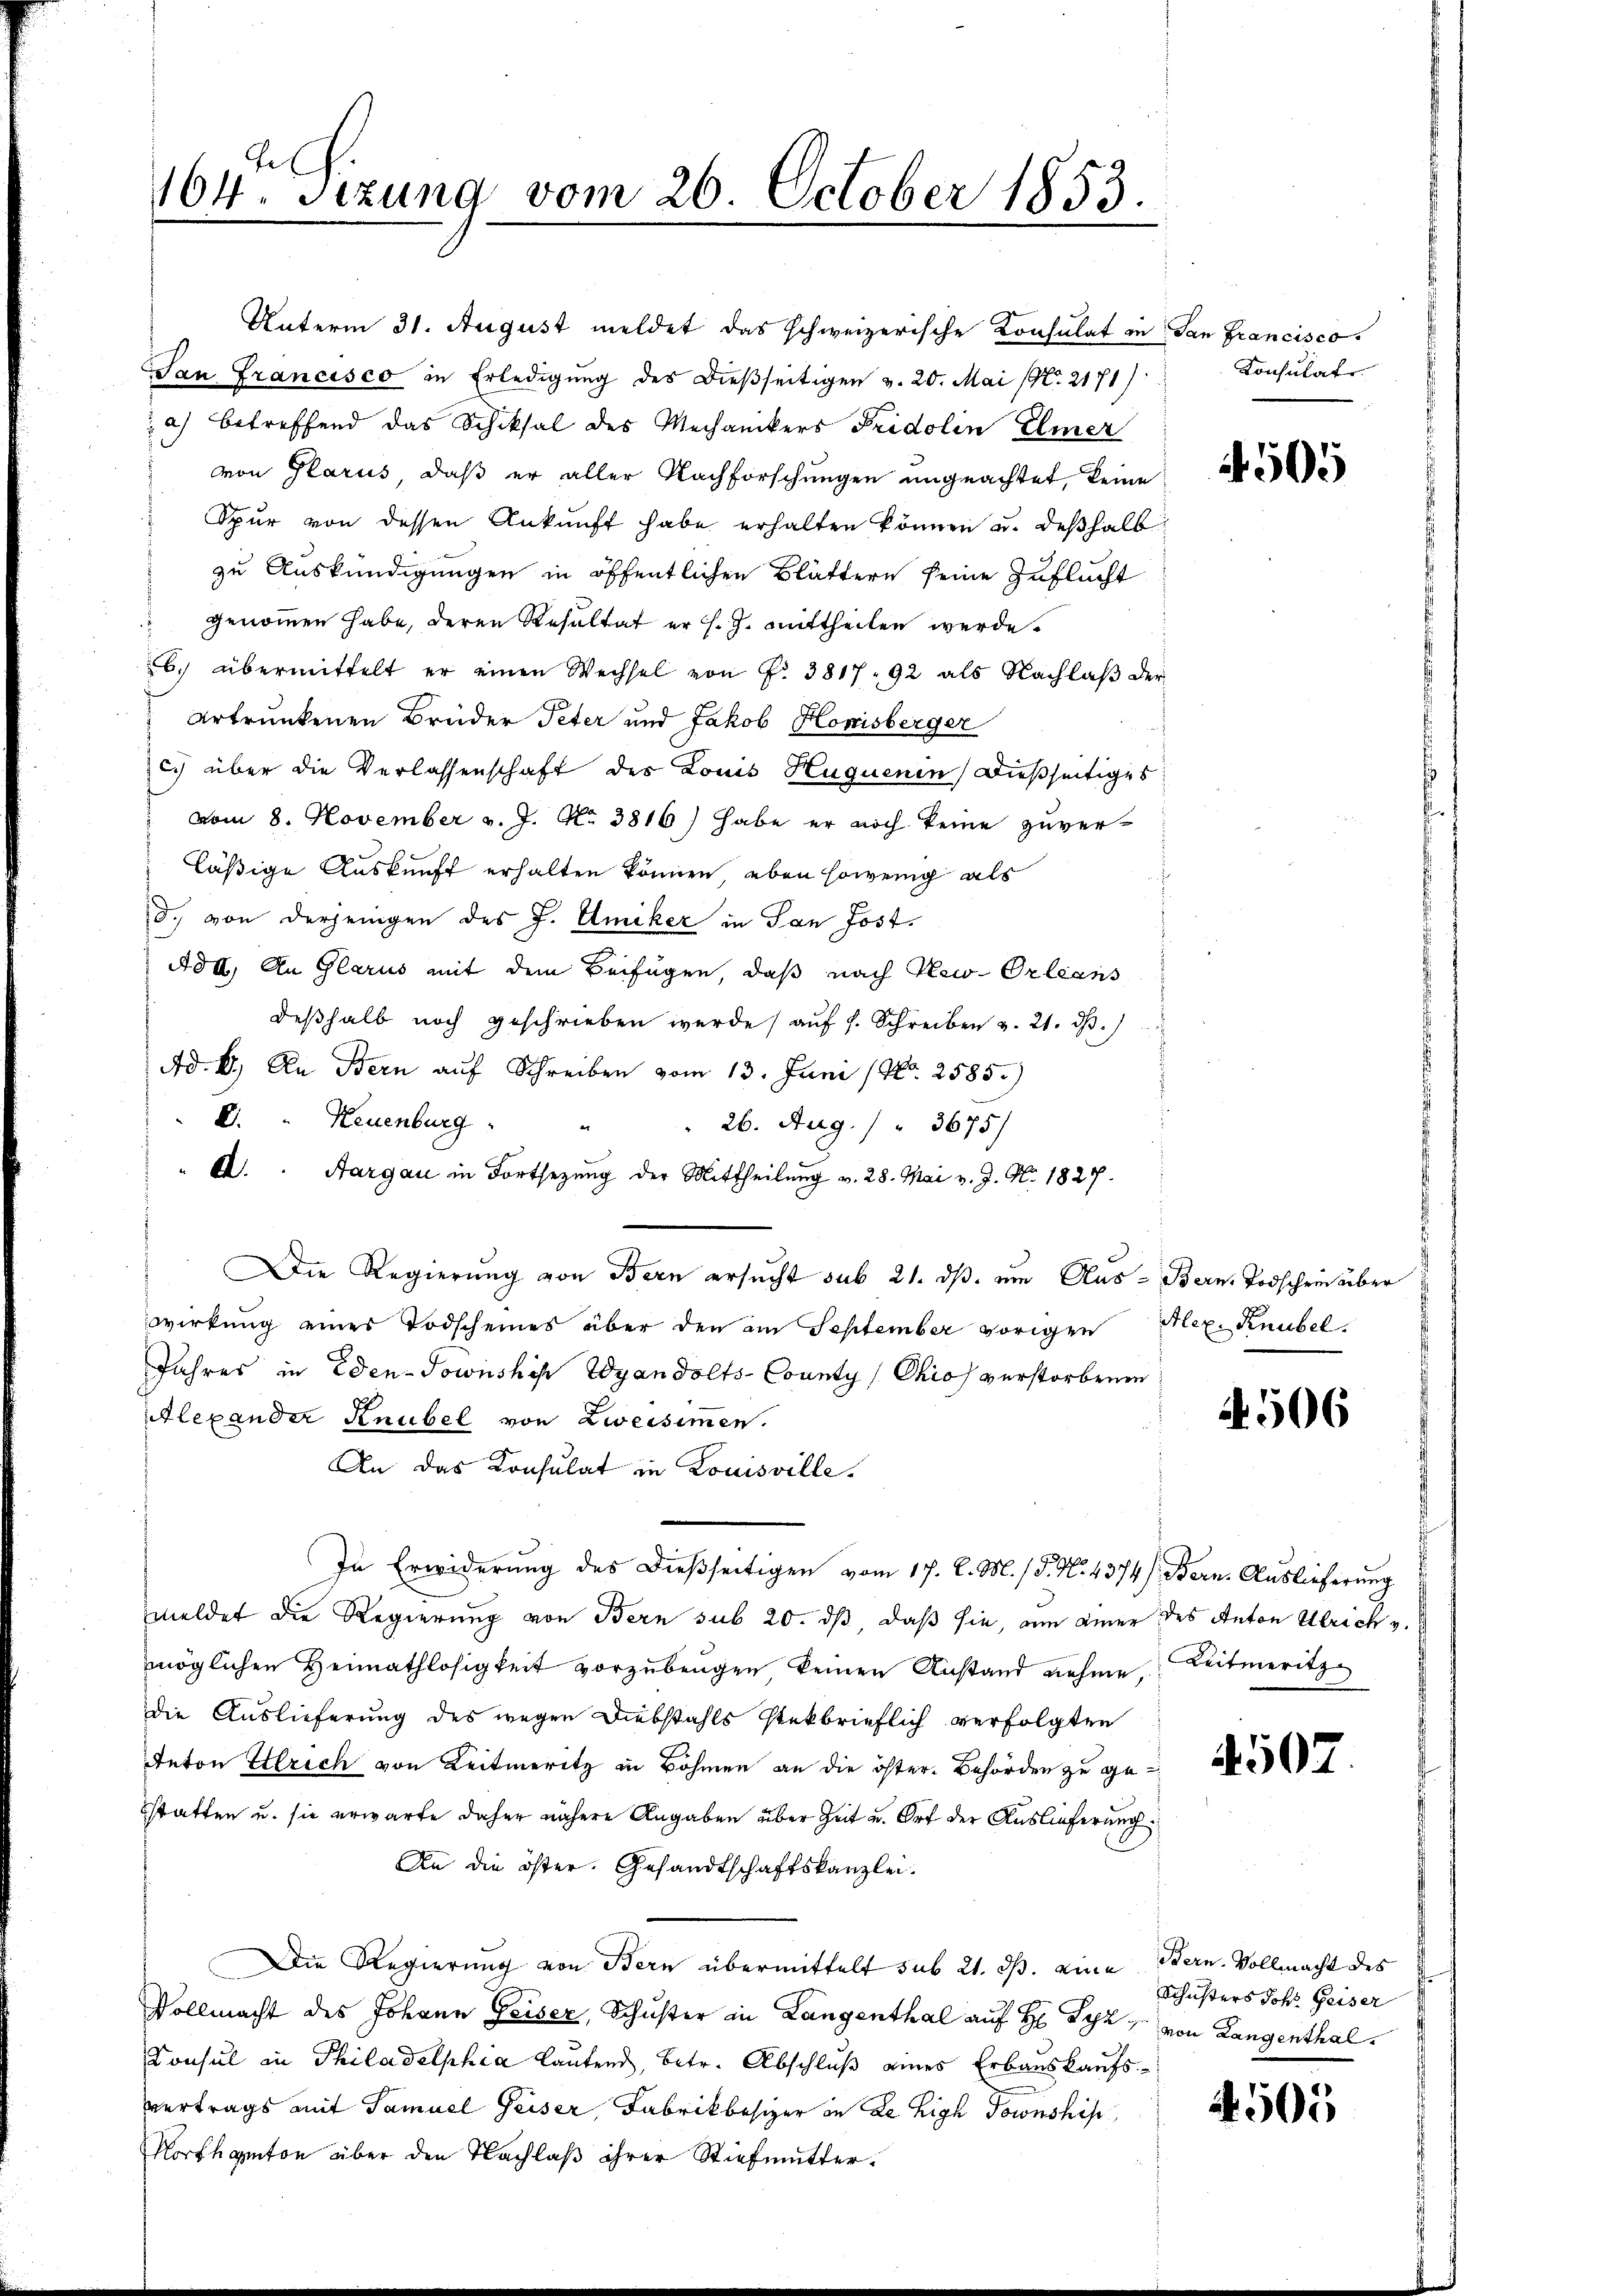
164. Setzung vom 26. October 1853.

Unterm 31. August meldet das schweizerische Konsulat in San Francisco
San Francisco in Erledigung des dießseitigen v. 20. Mai (Nr. 2171)
2) betreffend das Schiksal des Mechanikers Fridolin Elmer
von Glarus, daß er aller Nachforschungen ungeachtet, keine
Spur von dessen Ankunft habe erhalten können u. deßhalb
zu Auskündigungen in öffentlichen Blättern seine Zuflucht
 genommen habe, deren Resultat er s. Z. mittheilen werde.
b. übermittelt er einen Wechsel von Nr. 381792 als Nachlaß der
ertrunkenen Brüder Peter und Jakob Honisberger
c.) über die Verlassenschaft des Louis Huquenen dießseitiges
vom 8. November v. J. No 3816) habe er noch keine zuverläßige Auskunft erhalten können, eben sowenig als
5. von derjenigen des J. Emiker in San Jost¬
No II. An Glarus mit dem Beifügen, daß nach Kao- Orleans
deßhalb noch geschrieben werde auf 1. Schreiben v. 21. ds.
Ad. b.) An Bern auf Schreiben vom 13. Juni (Nr. 2585.)
E.  Neuenburg
 26. Aug. / " 3675/
A. Aargau in Fortsetzung der Mittheilung v. 28. Mai v. J. No. 1827.
Die Regierung von Bern ersucht sub 21. ds. um Aus- Bern Todschein über
wirkung eines Todscheines über den am September vorigen Alex. Knubel.
Jahres in Eden-Sowski Wyandolts-County /Chios verstorbenen:
Alexander Knubel von Zweisimmen.
An das Konsulat in Louisville.
In Erwiderung des dießseitigen vom 17. d. M. / P. N. 4374). Bern. Auslieferung
meldet die Regierung von Bern sub 20. dß, daß sie, am einer des Anton Ulrich v.
möglichen Heimathlosigkeit vorzubeugen keinen Anstand nehme, Leitmeritz
die Auslieferung des wegen Diebstahls steckbrieflich verfolgten
Anton Etlrich von Leitmeritz in Böhmen an die öster Behörden zu gestatten u. sie erwarte daher nähere Angaben über Zeit u. Ort der Auslieferung:
An die öster. Gesandtschaftskanzlei.
Die Regierung von Bern übermittelt sub 21. ds. eine Bern. Vollmacht des
Vollmacht des Johann Geiser, Schuster in Langenthal auf H Syz" von Langenthal¬
Konsul in Philadelphia lautend, betr. Abschluß eines Erbauskaufsvertrags mit Samuel Geiser, Fabrikbesizer in de Ligh Townshis

Konsulate.

505

4. 506

4507.

Schusters Joh. Geiser

2505